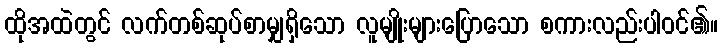
ထိုအထဲတွင် လက်တစ်ဆုပ်စာမျှရှိသော လူမျိုးများပြောသော စကားလည်းပါဝင်၏။